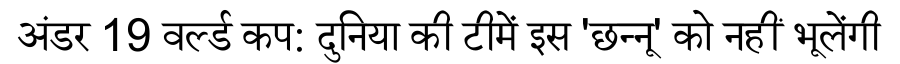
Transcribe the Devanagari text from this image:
अंडर 19 वर्ल्ड कप: दुनिया की टीमें इस 'छन्नू' को नहीं भूलेंगी